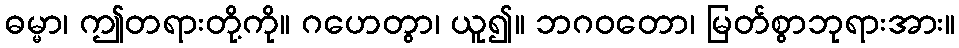
ဓမ္မာ၊ ဤတရားတို့ကို။ ဂဟေတွာ၊ ယူ၍။ ဘဂဝတော၊ မြတ်စွာဘုရားအား။